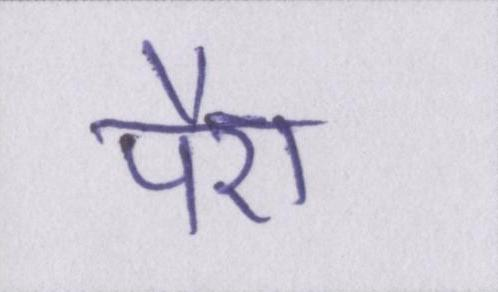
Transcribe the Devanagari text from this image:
पैरा